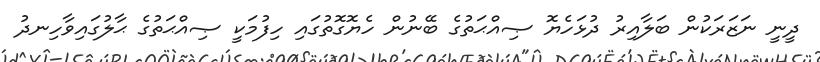
ދީނީ ނަޒަރަކުން ބަލާއިރު ދުޅަހެޔޮ ޞިއްޙަތުގެ ބޭނުން ހެޔޮގޮތުގައި ހިފުމަކީ ޞިއްޙަތުގެ ޙާލުގައިވާހިނދު